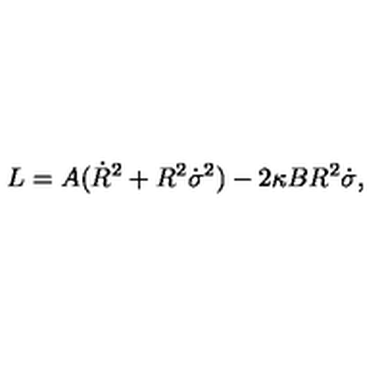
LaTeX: L = A ( \dot { R } ^ { 2 } + R ^ { 2 } \dot { \sigma } ^ { 2 } ) - 2 \kappa B R ^ { 2 } \dot { \sigma } ,